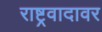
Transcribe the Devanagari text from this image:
राष्ट्रवादावर